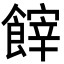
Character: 𩝪